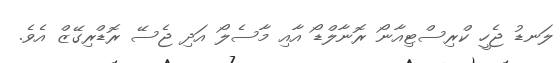
ލަނޑު ޖެހީ ކްރިސްޓިއާނޯ ރޮނާލްޑޯ އާއި މާސެލޯ އަދި ޖެސޭ ރޮޑްރިގޭޒް އެވެ.